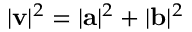
| \mathbf { v } | ^ { 2 } = | \mathbf { a } | ^ { 2 } + | \mathbf { b } | ^ { 2 }